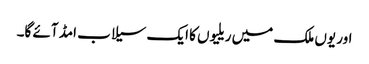
اور یوں ملک میں ریلیوں کا ایک سیلاب امڈ آئے گا۔